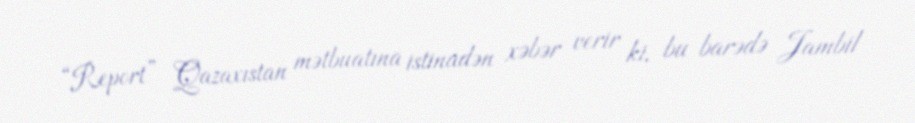
“Report” Qazaxıstan mətbuatına istinadən xəbər verir ki, bu barədə Jambil